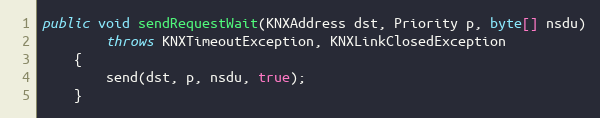
Language: Java
public void sendRequestWait(KNXAddress dst, Priority p, byte[] nsdu)
		throws KNXTimeoutException, KNXLinkClosedException
	{
		send(dst, p, nsdu, true);
	}